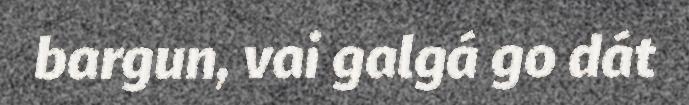
bargun, vai galgá go dát